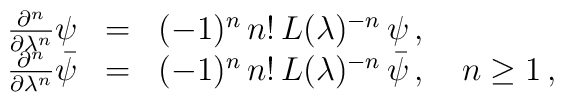
\begin{array}{rcl}\frac{\partial^n}{\partial \lambda^{n}} \psi&=&(-1)^n\,n!\,L(\lambda)^{-n}\,\psi\,,\\\frac{\partial^n}{\partial \lambda^{n}} \bar{\psi}&=&(-1)^n\,n!\,L(\lambda)^{-n}\,\bar{\psi}\,,\quad n\geq 1\,,\end{array}